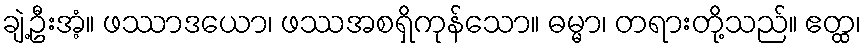
ချဲ့ဦးအံ့။ ဖဿာဒယော၊ ဖဿအစရှိကုန်သော။ ဓမ္မာ၊ တရားတို့သည်။ ဧတ္ထ၊